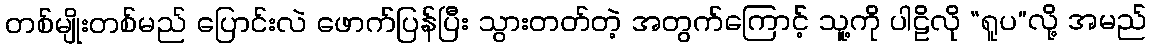
တစ်မျိုးတစ်မည် ပြောင်းလဲ ဖောက်ပြန်ပြီး သွားတတ်တဲ့ အတွက်ကြောင့် သူ့ကို ပါဠိလို “ရူပ”လို့ အမည်